Materia medica of Madras volume I
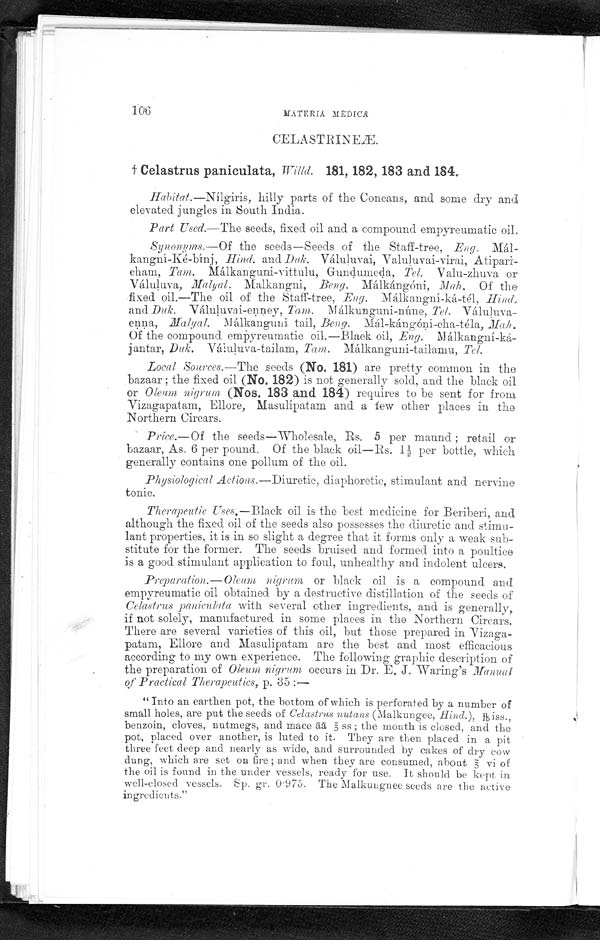
106 MATERIA MEDICA
CELASTRINEÆ.
† Celastrus paniculata,
Willd. 181, 182, 183 and 184.
Habitat.—Nílgiris, hilly parts of the Concans, ands some dry and
elevated jungles in South India.
Part Used.—The seeds, fixed oil and a compound empyreumatic oil.
Synonyms.—Of the seeds—Seeds of the Staff-tree, Eng. Mál--
kangní-Ké-bínj, Hind. and Duk. Váluluvai, Valuluvai-virai, Atipari--
c h a m ,
T a m .
M á l k a n g u n i - v i t t u l u , G u n d u m e d a ,T
e l .
V a l u - z h u v a o r
Váluluva, Malya
Malkangni, Beng. Málkángóni, Mah. Of the
fixed oil.—The oil of the Staff-tree, Eng. Málkangní-ká-tél, Hind.
and Duk. Vá l u l u v a i - e n n e y , T a m
. M á l k u n g u n i - n ú n e ,
T e l .
Váluluva--
enna, Malyal.
M á l k a n g u n i t a i l , B e n g .
M á l - k á n g ó n i - c h a - t é l a ,
M a h l
Of the compound empyreumatic oil.—Black oil, Eng. Málkangní-ká--
jantar, Duk. Váluluva-tailam, Tam. Málkanguni-tailamu, Tel.
Local Sources.—The seeds (No. 181) are pretty common in the
bazaar; the fixed oil (No. 182) is not generally sold, and the black oil
or Oleum nigram (Nos. 183 and 184) requires to be sent for from
Vizagapatam, Ellore, Masulipatam and a few other places in the
Northern Circars.
Price.—Of the seeds—Wholesale, Rs. 5 per maund; retail or
bazaar, As. 6 per pound. Of the black oil-Rs. 1½ per bottle, which
generally contains one pollum of the oil.
Physiological Actions.—Diuretic, diaphoretic, stimulant and nervine
tonic.
Therapeutic Uses.— B l a c k o i l i s t h e b e s t m e d i c i n e f o r B e r i b e r i , a n d
although the fixed oil of the seeds also possesses the diuretic and stimu-
-lant properties, it is in so slight a degree that it forms only a weak sub--
stitute for the former. The seeds bruised and formed into a poultice
is a good stimulant application to foul, unhealthy and indolent ulcers.
Preparation.—Oleum nigrum, or black oil is a compound and
empyreumatic oil obtained by a destructive distillation of the seeds of
Celastrus paniculata with several other ingredients, and is generally,
if not solely, manufactured in some places in the Northern Circars.
There are several varieties of this oil, but those prepared in Vizaga--
patam, Ellore and Masulipatam are the best and most efficacious
according to my own experience. The following graphic description of
the preparation of Oleum nigrum occurs in Dr. E. J. Waring's Manual
of Practical Therapeutics, p. 35:—
"Into an earthen pot, the bottom of which is perforated by a number of
small holes, are put the seeds of Celastrus nutans (Malkungee, Hind.), lbi s s . ,
benzoin, cloves, nutmegs, and mace ā ā
3 s s ; t h e m o u t h i s c l o s e d , a n d t h e
pot, placed over another, is luted to it. T
h e y a r e t h e n p l a c e d i n a p i t t h r e e f e e t d e e p a n d n e a r l y a s w i d e , a n d s u r r o u n d e d b y c a k e s o f d r y c o w
dung, which are set on fire; and when they are consumed, about 3 vi of
the oil is found in the under vessels, ready for use. It should be kept in
well-closed vessels. Sp. gr. 0 . 975. The Malkungnee seeds are the active
ingredients."